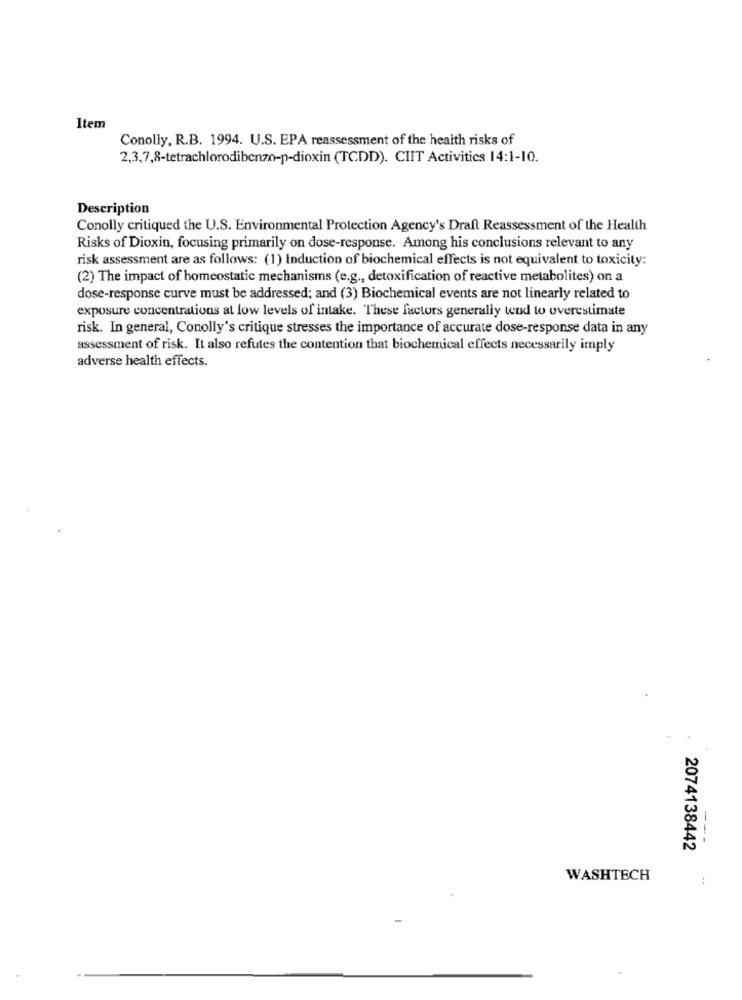
Item
Conolly, R.B. 1994. U.S. EPA reassessment of the health risks of
2,3,7,8-tetrachlorodibenzo-p-dioxin (TCDD). CIIT Activities 14:1-10.
Description
Conolly critiqued the U.S. Environmental Protection Agency's Draft Reassessment of the Health
Risks of Dioxin, focusing primarily on dose-response. Among his conclusions relevant to any
risk assessment are as follows: (1) Induction of biochemical effects is not equivalent to toxicity:
(2) The impact of homeostatic mechanisms (e.g ., detoxification of reactive metabolites) on a
dose-response curve must be addressed; and (3) Biochemical events are not linearly related to
exposure concentrations at low levels of intake. These factors generally tend to overestimate
risk. In general, Conolly's critique stresses the importance of accurate dose-response data in any
assessment of risk. It also refutes the contention that biochemical effects necessarily imply
adverse health effects.
---
2074138442
WASHTECH
: